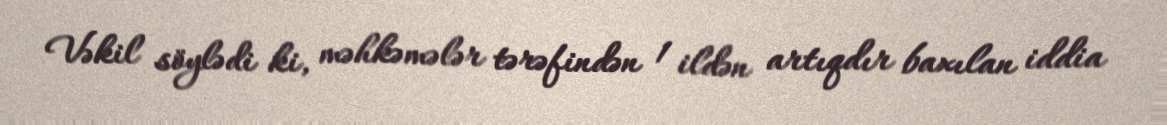
Vəkil söylədi ki, məhkəmələr tərəfindən 1 ildən artıqdır baxılan iddia